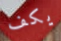
يكف